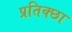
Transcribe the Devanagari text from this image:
प्रतिक्छा